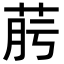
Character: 𦯟